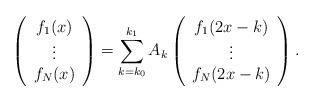
LaTeX: \begin{align*}\left ( \begin{array}{c} f_{1}(x) \\ \vdots \\ f_{N}(x) \end{array} \right ) = \sum_{k = k_{0}}^{k_{1}} A_{k} \left ( \begin{array}{c} f_{1}(2x - k) \\ \vdots \\ f_{N}(2x - k) \end{array} \right ) .\end{align*}